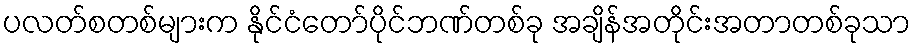
ပလတ်စတစ်များက နိုင်ငံတော်ပိုင်ဘဏ်တစ်ခု အချိန်အတိုင်းအတာတစ်ခုသာ